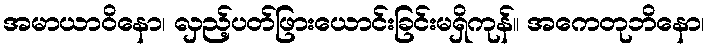
အမာယာဝိနော၊ လှည့်ပတ်ဖြားယောင်းခြင်းမရှိကုန်။ အကေတုဘိနော၊